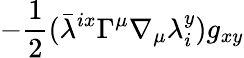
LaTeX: -\frac{1}{2}({\bar{\lambda}}^{ix}\Gamma^{\mu}\nabla_{\mu}\lambda_{i}^{y})g_{xy}